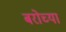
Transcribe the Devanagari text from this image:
बरोच्या